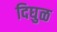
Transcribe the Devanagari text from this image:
दिघुळ